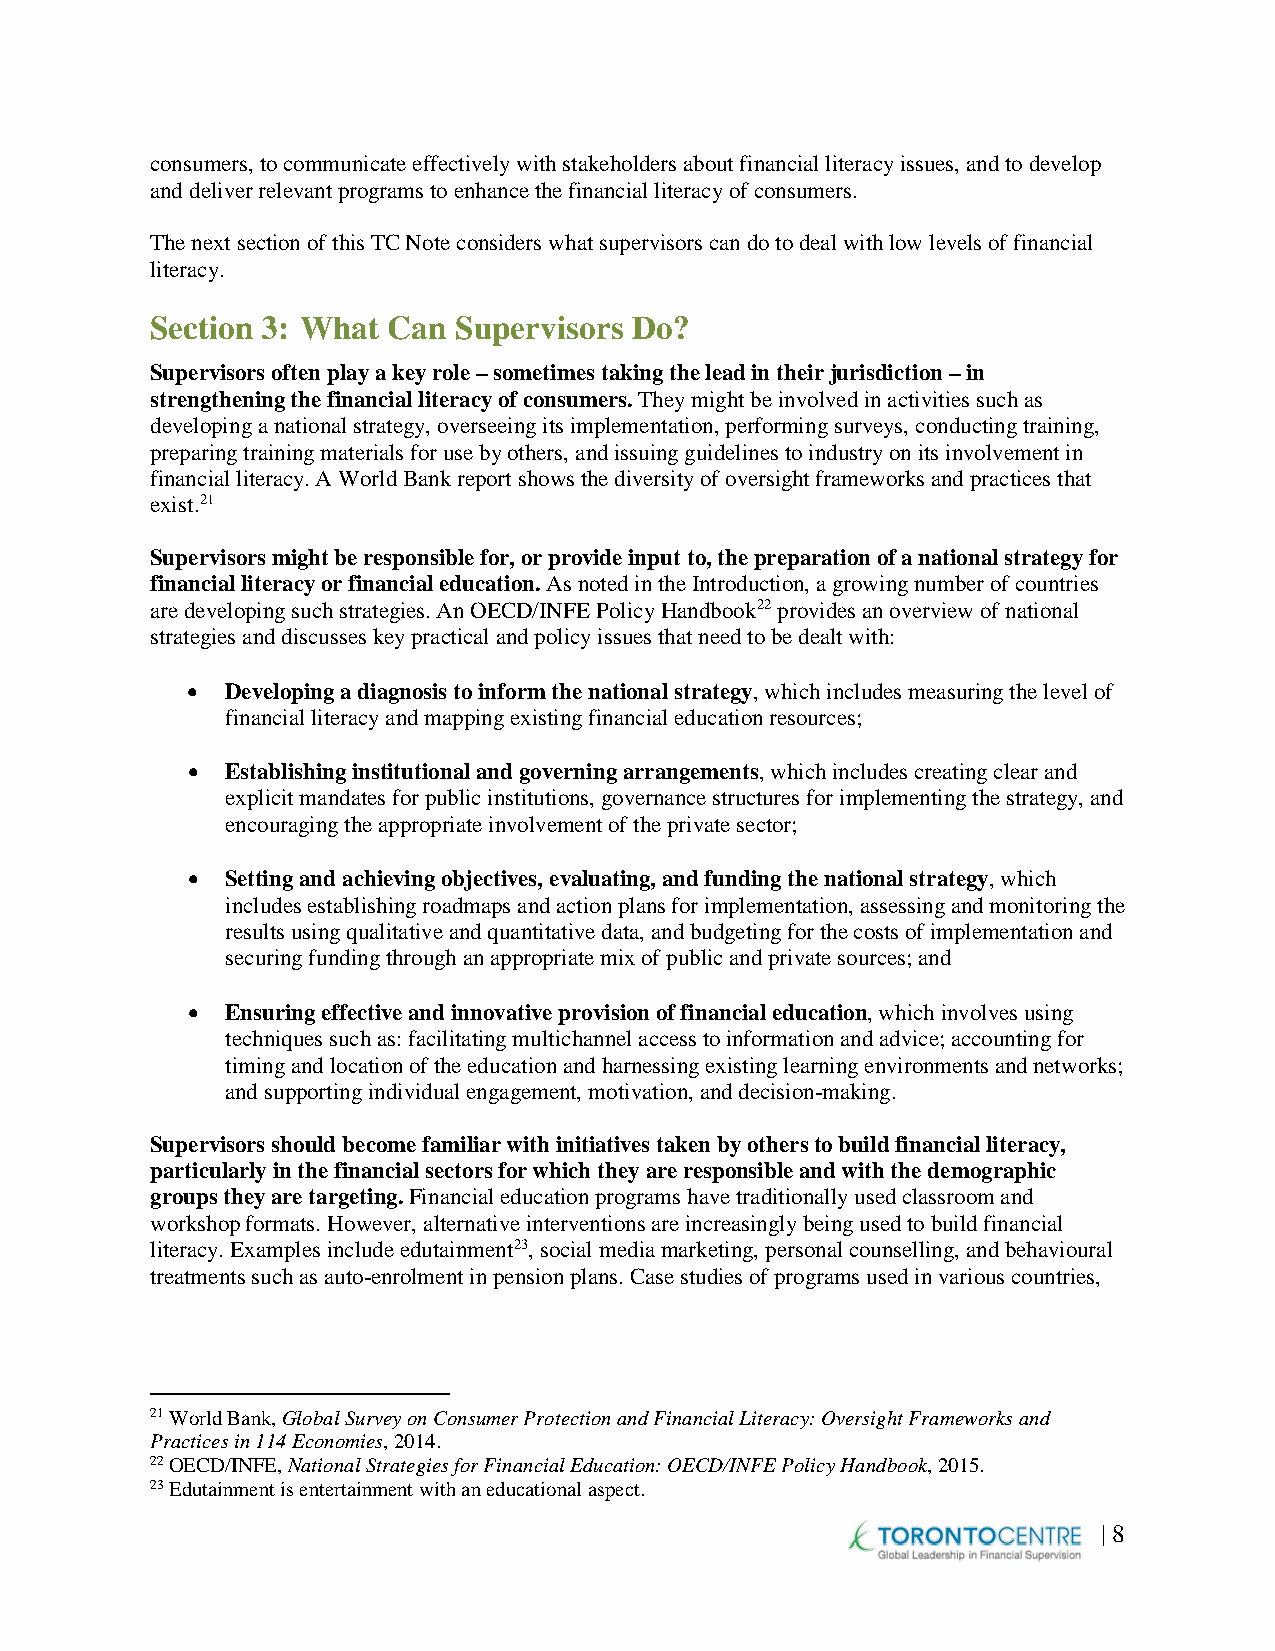
consumers, to communicate effectively with stakeholders about financial literacy issues, and to develop
 and deliver relevant programs to enhance the financial literacy of consumers.
 The next section of this TC Note considers what supervisors can do to deal with low levels of financial
 literacy.
 Section 3: What Can Supervisors Do?
 Supervisors often play a key role – sometimes taking the lead in their jurisdiction – in
 strengthening the financial literacy of consumers. They might be involved in activities such as
 developing a national strategy, overseeing its implementation, performing surveys, conducting training,
 preparing training materials for use by others, and issuing guidelines to industry on its involvement in
 financial literacy. A World Bank report shows the diversity of oversight frameworks and practices that
 exist.21
 Supervisors might be responsible for, or provide input to, the preparation of a national strategy for
 financial literacy or financial education. As noted in the Introduction, a growing number of countries
 are developing such strategies. An OECD/INFE Policy Handbook22 provides an overview of national
 strategies and discusses key practical and policy issues that need to be dealt with:
 •  Developing a diagnosis to inform the national strategy, which includes measuring the level of
 financial literacy and mapping existing financial education resources;
 •  Establishing institutional and governing arrangements, which includes creating clear and
 explicit mandates for public institutions, governance structures for implementing the strategy, and
 encouraging the appropriate involvement of the private sector;
 •  Setting and achieving objectives, evaluating, and funding the national strategy, which
 includes establishing roadmaps and action plans for implementation, assessing and monitoring the
 results using qualitative and quantitative data, and budgeting for the costs of implementation and
 securing funding through an appropriate mix of public and private sources; and
 •  Ensuring effective and innovative provision of financial education, which involves using
 techniques such as: facilitating multichannel access to information and advice; accounting for
 timing and location of the education and harnessing existing learning environments and networks;
 and supporting individual engagement, motivation, and decision-making.
 Supervisors should become familiar with initiatives taken by others to build financial literacy,
 particularly in the financial sectors for which they are responsible and with the demographic
 groups they are targeting. Financial education programs have traditionally used classroom and
 workshop formats. However, alternative interventions are increasingly being used to build financial
 literacy. Examples include edutainment23, social media marketing, personal counselling, and behavioural
 treatments such as auto-enrolment in pension plans. Case studies of programs used in various countries,
 21 World Bank, Global Survey on Consumer Protection and Financial Literacy: Oversight Frameworks and
 Practices in 114 Economies, 2014.
 22 OECD/INFE, National Strategies for Financial Education: OECD/INFE Policy Handbook, 2015.
 23 Edutainment is entertainment with an educational aspect.
 | 8